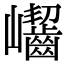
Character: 𡿖